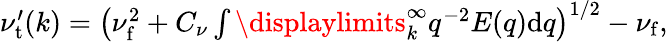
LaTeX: \begin{array}{r}{\nu_{\mathrm{t}}^{\prime}(k)=\left(\nu_{\mathrm{f}}^{2}+C_{\nu}\int\displaylimits_{k}^{\infty}q^{-2}E(q)\mathrm{d}q\right)^{1/2}-\nu_{\mathrm{f}},}\end{array}